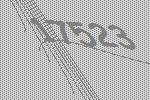
17523